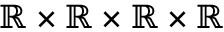
\mathbb { R } \times \mathbb { R } \times \mathbb { R } \times \mathbb { R }